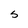
Character: S